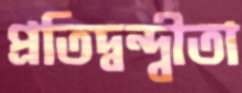
প্রতিদ্বন্দ্বীতা